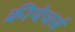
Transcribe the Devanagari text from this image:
क्रीयेचर्स